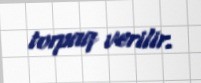
torpaq verilir.